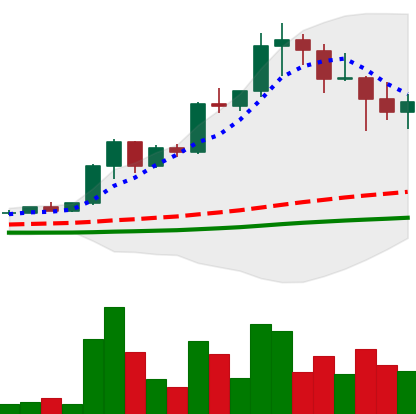
Ticker: XRP-USD
Chart end date: 2021-04-20
Forward return: -25.377%
Label: down_7plus